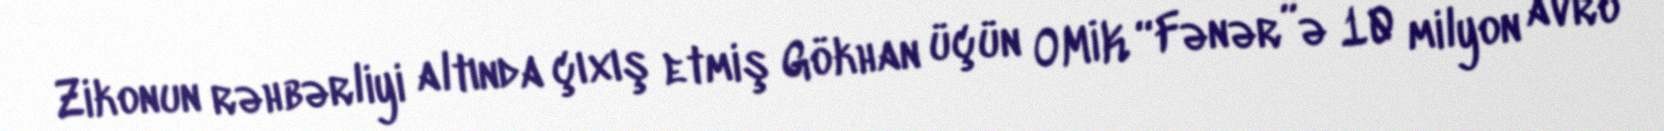
Zikonun rəhbərliyi altında çıxış etmiş Gökhan üçün OMİK “Fənər”ə 10 milyon avro